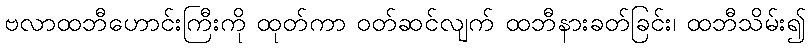
ဗလာထဘီဟောင်းကြီးကို ထုတ်ကာ ဝတ်ဆင်လျက် ထဘီနားခတ်ခြင်း၊ ထဘီသိမ်း၍